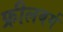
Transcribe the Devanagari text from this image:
फ्रीलबर्ग